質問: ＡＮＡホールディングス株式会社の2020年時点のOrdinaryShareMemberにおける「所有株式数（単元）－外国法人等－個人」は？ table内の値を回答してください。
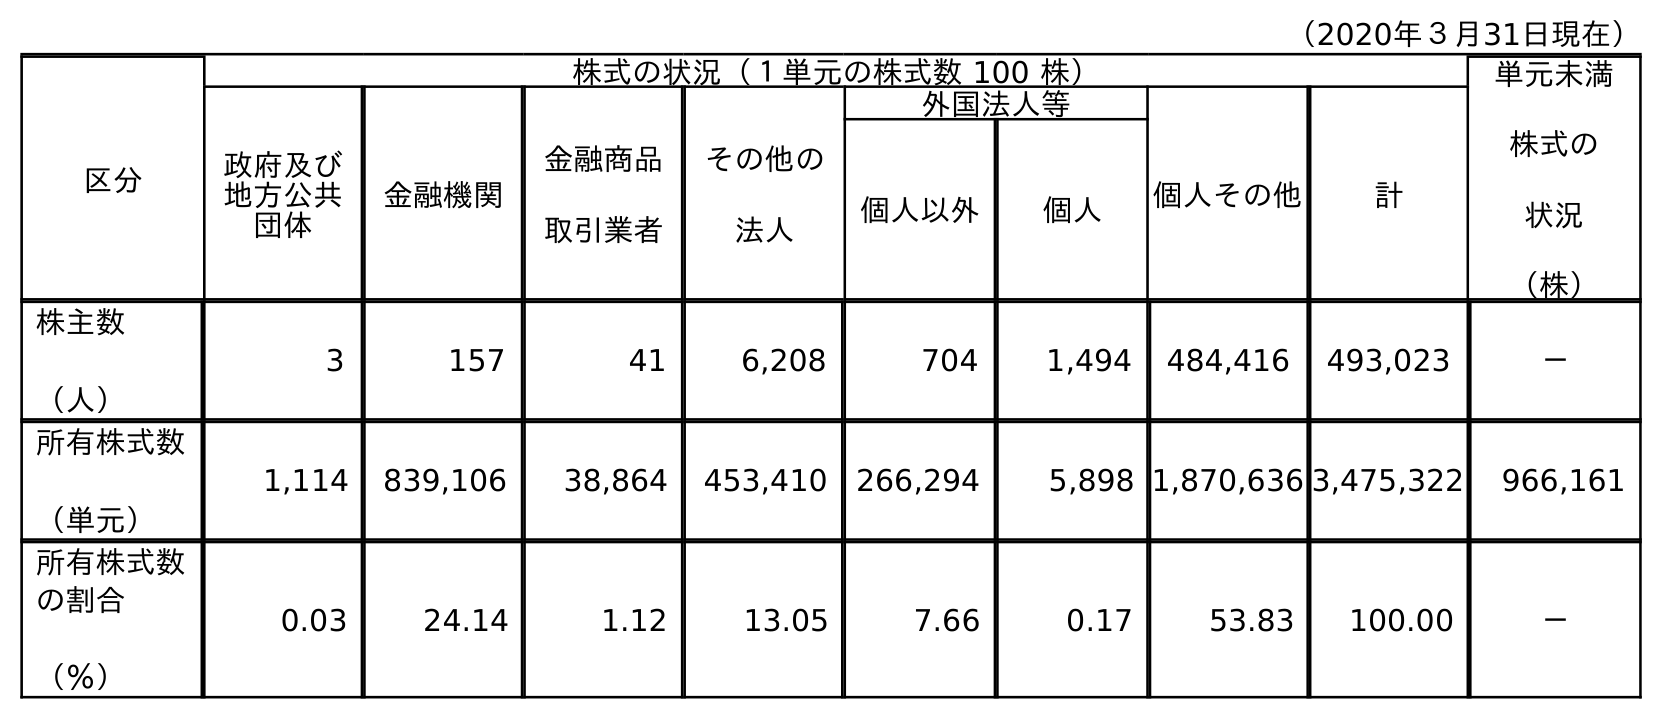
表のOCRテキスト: （2020年３月31日現在） 区分 株式の状況（１単元の株式数 100 株） 単元未満 株式の 状況 （株） 政府及び 地方公共 団体 金融機関 金融商品 取引業者 その他の 法人 外国法人等 個人その他 計 個人以外 個人 株主数 （人） 3 157 41 6,208 704 1,494 484,416 493,023 － 所有株式数 （単元） 1,114 839,106 38,864 453,410 266,294 5,898 1,870,636 3,475,322 966,161 所有株式数 の割合 （％） 0.03 24.14 1.12 13.05 7.66 0.17 53.83 100.00 －
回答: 5,898